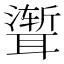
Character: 𫆏